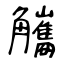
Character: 觿